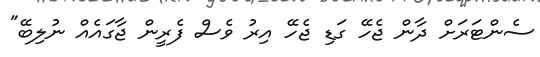
ސެންޓަރަށް ދާން ޖެހޭ ގަޑި ޖެހޭ އިރު ވެސް ފެރީން ޖާގައެއް ނުލިބޭ"